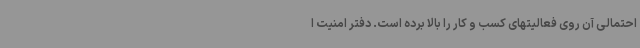
احتمالی آن روی فعالیتهای کسب و کار را بالا برده است. دفتر امنیت ا